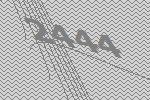
2444